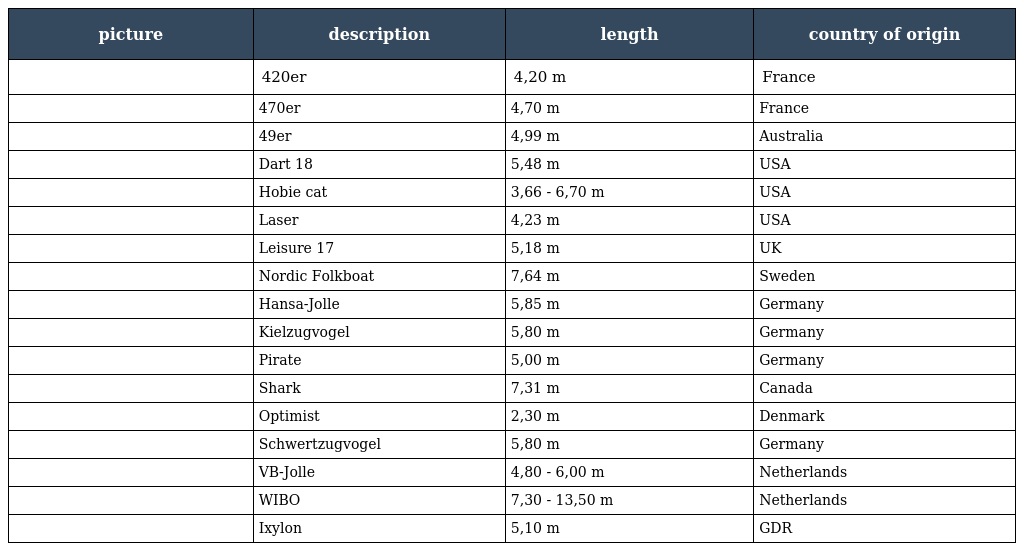
| picture | description | length | country of origin |
 | --- | --- | --- | --- |
 |  | 420er | 4,20 m | France |
 |  | 470er | 4,70 m | France |
 |  | 49er | 4,99 m | Australia |
 |  | Dart 18 | 5,48 m | USA |
 |  | Hobie cat | 3,66 - 6,70 m | USA |
 |  | Laser | 4,23 m | USA |
 |  | Leisure 17 | 5,18 m | UK |
 |  | Nordic Folkboat | 7,64 m | Sweden |
 |  | Hansa-Jolle | 5,85 m | Germany |
 |  | Kielzugvogel | 5,80 m | Germany |
 |  | Pirate | 5,00 m | Germany |
 |  | Shark | 7,31 m | Canada |
 |  | Optimist | 2,30 m | Denmark |
 |  | Schwertzugvogel | 5,80 m | Germany |
 |  | VB-Jolle | 4,80 - 6,00 m | Netherlands |
 |  | WIBO | 7,30 - 13,50 m | Netherlands |
 |  | Ixylon | 5,10 m | GDR |